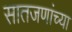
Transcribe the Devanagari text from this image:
सातजणांच्या